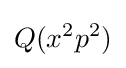
Q(x^{2}p^{2})